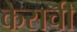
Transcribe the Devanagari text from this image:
केसची